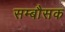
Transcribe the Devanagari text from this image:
सम्बौसक